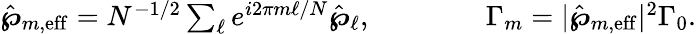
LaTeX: \begin{array}{r}{\hat{\boldsymbol{\wp}}_{m,\mathrm{eff}}=N^{-1/2}\sum_{\ell}e^{i2\pi m\ell/N}\hat{\boldsymbol{\wp}}_{\ell},\qquad{}\qquad{}\Gamma_{m}=|\hat{\boldsymbol{\wp}}_{m,\mathrm{eff}}|^{2}\Gamma_{0}.}\end{array}